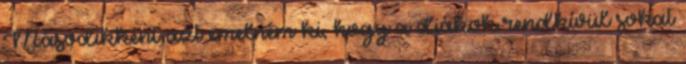
Másodikként azt emelném ki, hogy a diákok rendkívül sokat